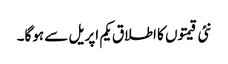
نئی قیمتوں کا اطلاق یکم اپریل سے ہوگا۔